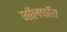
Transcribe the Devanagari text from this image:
मॉलफॉय